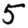
Digit: 5